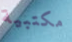
مكتبية